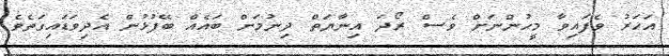
އަހަރު ވެފައިވާ މީހުންނަށް ވެސް ރޯދަ އިނާޔަތް ދިނުމަށް ބައެއް ބޭފުޅުން އެދިވަޑައިގަތެވެ.